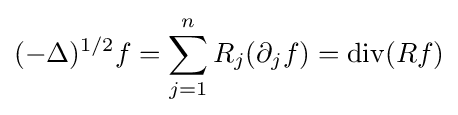
(-\Delta )^{1/2}f=\sum _{j=1}^{n}R_{j}(\partial _{j}f)=\operatorname {div} (Rf)